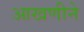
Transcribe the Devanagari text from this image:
आखणीने